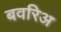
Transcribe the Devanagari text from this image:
बवरिअ